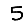
Digit: 5